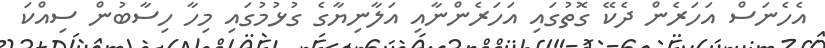
އެހެނަސް އަހަރެން ދެކޭ ގޮތުގައި އަހަރެންނާއި އަލާނިޔާގެ ގުޅުމުގައި މިހާ ހިސާބުން ސިއްކަ